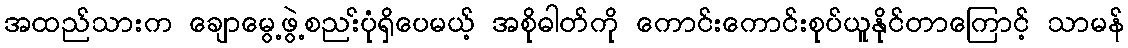
အထည်သားက ချောမွေ့ဖွဲ့စညး်ပုံရှိပေမယ့် အစိုဓါတ်ကို ကောင်းကောင်းစုပ်ယူနိုင်တာကြောင့် သာမန်